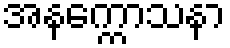
အနက္ကောသနာ